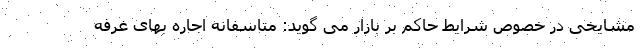
مشایخی در خصوص شرایط حاکم بر بازار می گوید: متاسفانه اجاره بهای غرفه